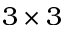
3 \times 3